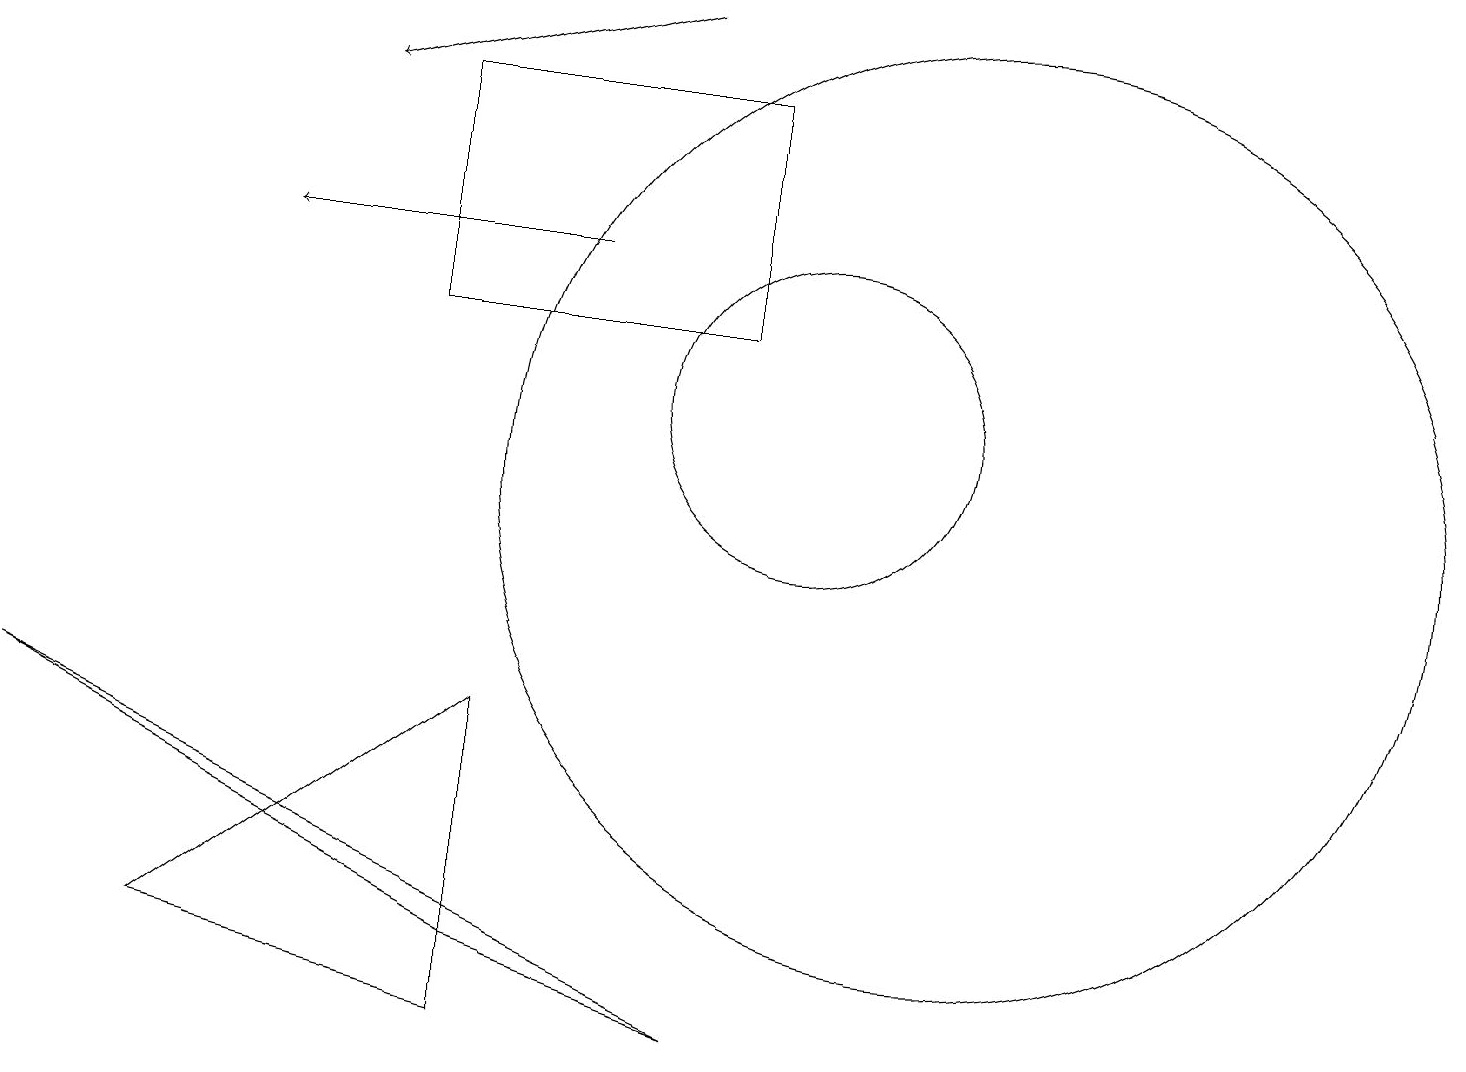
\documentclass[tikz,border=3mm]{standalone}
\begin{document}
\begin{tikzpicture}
\draw (5,12) rectangle (9,15);
\draw[->] (7,13) -- (3,13);
\draw[->] (8,16) -- (4,15);
\draw (6,3) -- (2,4) -- (6,7) -- cycle;
\draw (6,4) -- (0,7) -- (9,3) -- cycle;
\draw (10,11) circle (2);
\draw (12,10) circle (6);
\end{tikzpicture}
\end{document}